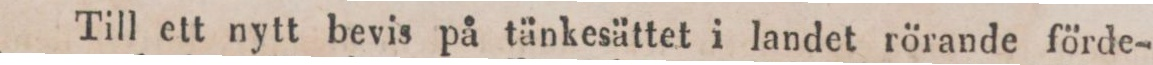
Till ett nytt bevis på tänkesättet i landet rörande förde-